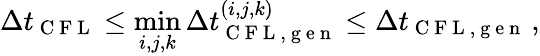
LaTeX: \Delta t_{\mathrm{~C~F~L~}}\le\operatorname*{min}_{i,j,k}\Delta t_{\mathrm{~C~F~L~,~g~e~n~}}^{(i,j,k)}\le\Delta t_{\mathrm{~C~F~L~,~g~e~n~}}\, ,